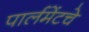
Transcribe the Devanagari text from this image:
पार्लमेंटचे